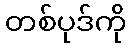
တစ်ပုဒ်ကို